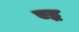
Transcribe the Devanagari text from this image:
एद्ध